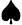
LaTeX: \spadesuit